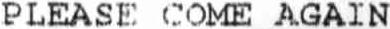
PLEASE COME AGAIN